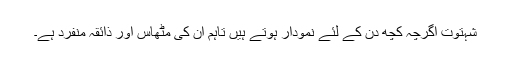
شہتوت اگرچہ کچھ دن کے لئے نمودار ہوتے ہیں تاہم ان کی مٹھاس اور ذائقہ منفرد ہے۔